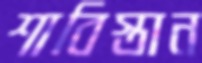
শাবিস্তান